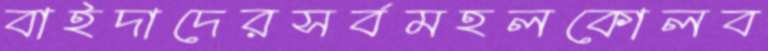
বাইদাদেরসর্বমহলকোলব